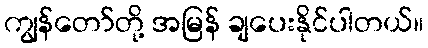
ကျွန်တော်တို့ အမြန် ချပေးနိုင်ပါတယ်။